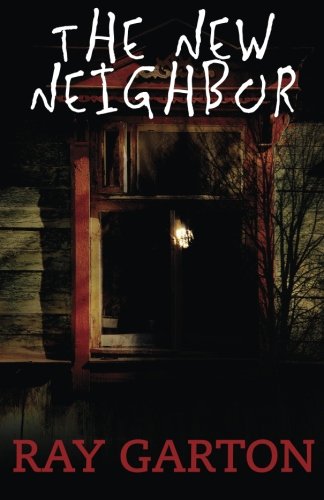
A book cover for The New Neighbor; Ray Garton; Romance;